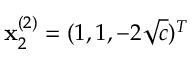
\mathbf { x } _ { 2 } ^ { ( 2 ) } = ( 1 , 1 , - 2 \sqrt { c } ) ^ { T }